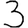
Digit: 3